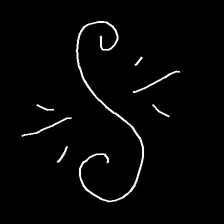
Glyph: wind-directs-air